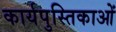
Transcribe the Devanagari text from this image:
कार्यपुस्तिकाओं